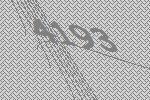
4193